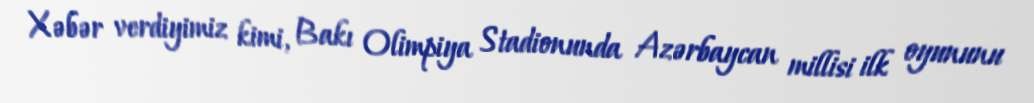
Xəbər verdiyimiz kimi, Bakı Olimpiya Stadionunda Azərbaycan millisi ilk oyununu